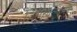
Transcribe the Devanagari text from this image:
जिमखान्यावर